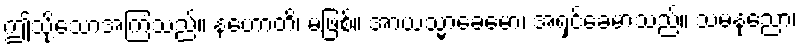
ဤသို့သောအကြံသည်။ နဟောတိ၊ မဖြစ်။ အာယသ္မာခေမော၊ အရှင်ခေမာသည်။ သမနုညော၊